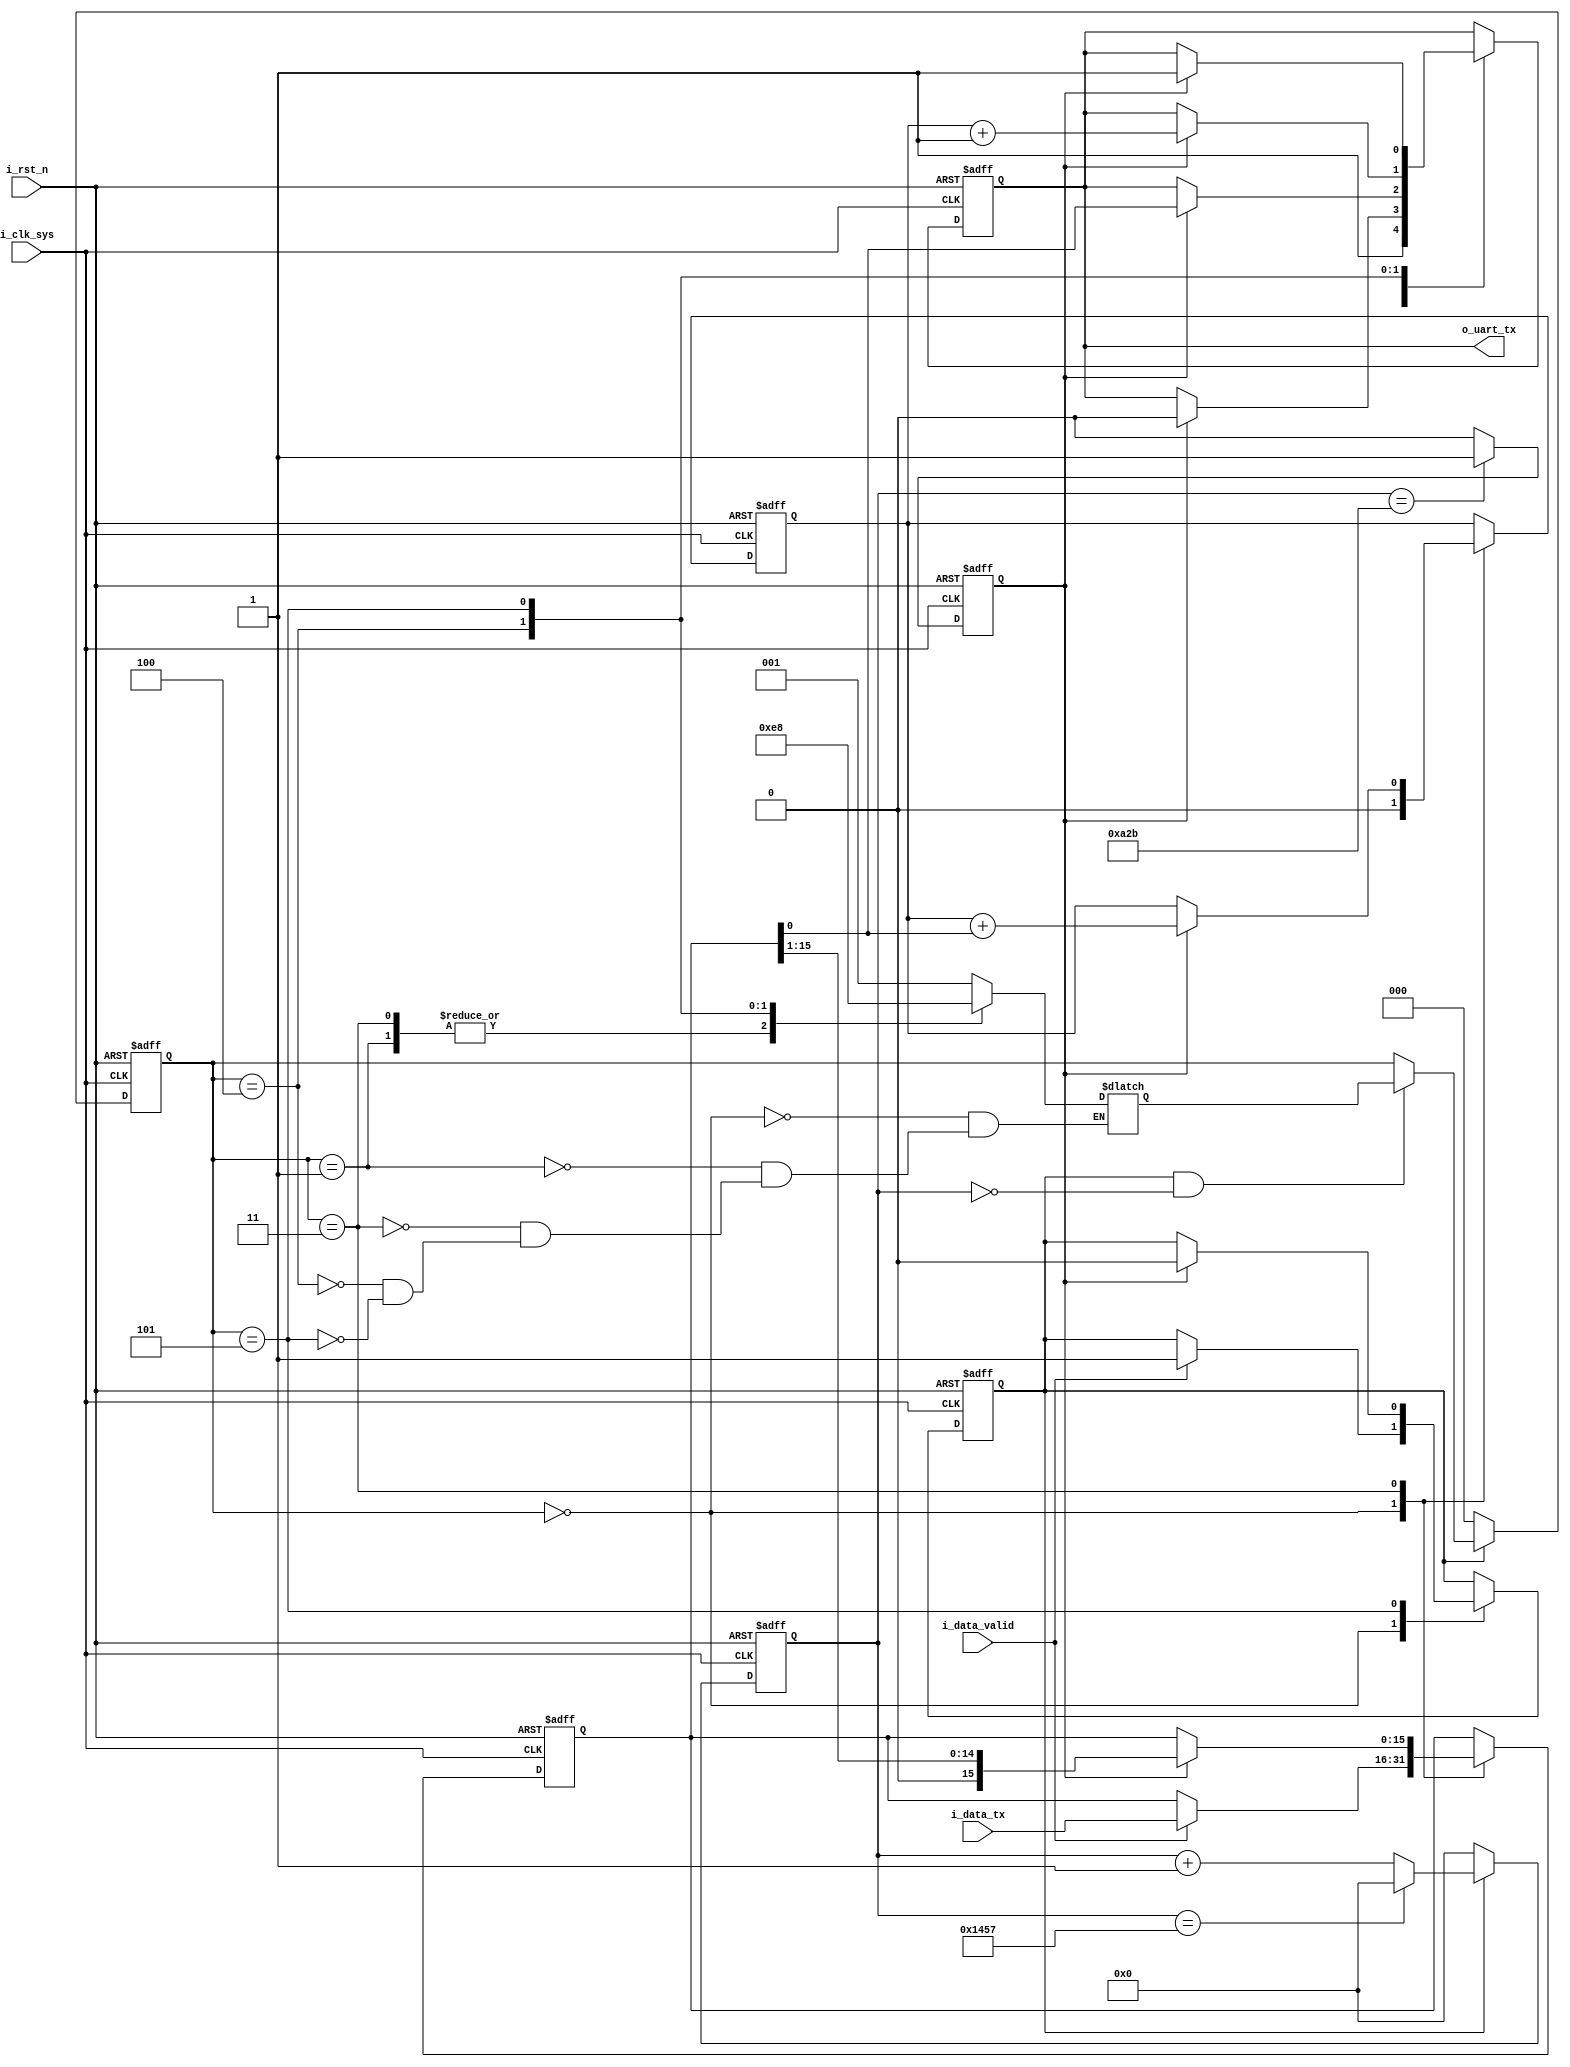
module uart_tx
#(
   parameter CLK_FRE = 50,         //50MHz
   parameter DATA_WIDTH = 16,       
   parameter PARITY_ON = 0,        //1 = parity check on, DO NOT use for now
   parameter PARITY_TYPE = 0,     
   parameter BAUD_RATE = 9600      
)
(   input                       i_clk_sys,      
   input                       i_rst_n,        
   input [DATA_WIDTH-1 : 0]    i_data_tx,      
   input                       i_data_valid,   
   output reg                  o_uart_tx       
   );
   
           reg [2:0] r_current_state;  
           reg [2:0] r_next_state;     
               
           localparam STATE_IDLE = 3'b000;         
           localparam STATE_START = 3'b001;       
           localparam STATE_DATA = 3'b011;         
           localparam STATE_PARITY = 3'b100;       
           localparam STATE_END = 3'b101;         
           
           localparam CYCLE = CLK_FRE * 1000000 / BAUD_RATE;   
           
           reg baud_valid;                         
           reg [15:0] baud_cnt;                    
           reg baud_pulse;                                 
           reg [3:0]   r_tx_cnt;    

           always@(posedge i_clk_sys or negedge i_rst_n)
               begin
                   if(!i_rst_n)
                       baud_cnt <= 16'h0000;
                   else if(!baud_valid)
                       baud_cnt <= 16'h0000;
                   else if(baud_cnt == CYCLE - 1)
                       baud_cnt <= 16'h0000;
                   else
                       baud_cnt <= baud_cnt + 1'b1;
               end
               
           always@(posedge i_clk_sys or negedge i_rst_n)
               begin
                   if(!i_rst_n)
                       baud_pulse <= 1'b0;
                   else if(baud_cnt == CYCLE/2-1)
                       baud_pulse <= 1'b1;
                   else
                       baud_pulse <= 1'b0;
               end
           
           always@(posedge i_clk_sys or negedge i_rst_n)
               begin
                   if(!i_rst_n)
                       r_current_state <= STATE_IDLE;
                   else if(!baud_valid)
                       r_current_state <= STATE_IDLE;
                   else if(baud_valid && baud_cnt == 16'h0000)
                       r_current_state <= r_next_state;
               end
           
           always@(*)
               begin
                   case(r_current_state)
                       STATE_IDLE:     r_next_state <= STATE_START;
                       STATE_START:    r_next_state <= STATE_DATA;
                       STATE_DATA:
                           if(r_tx_cnt == DATA_WIDTH)
                               begin
                                   if(PARITY_ON == 0)
                                       r_next_state <= STATE_END;
                                   else
                                       r_next_state <= STATE_PARITY;
                               end
                           else
                               begin
                                       r_next_state <= STATE_DATA;
                               end
                       STATE_PARITY:   r_next_state <= STATE_END;
                       STATE_END:      r_next_state <= STATE_IDLE;
                       default:;
                   endcase
               end
   
   
   reg [DATA_WIDTH-1 : 0]      r_data_tx;
   reg                         r_parity_check;
  
   always@(posedge i_clk_sys or negedge i_rst_n)
       begin
           if(!i_rst_n)
               begin
                   baud_valid  <= 1'b0;
                   r_data_tx   <= 'd0;
                   o_uart_tx   <= 1'b1;
                   r_tx_cnt    <= 4'd0;
                   r_parity_check <= 1'b0;
               end
           else
               case(r_current_state)
                   STATE_IDLE:begin
                           o_uart_tx   <= 1'b1;
                           r_tx_cnt    <= 4'd0;
                           r_parity_check <= 4'd0;
                           if(i_data_valid)
                               begin
                                   baud_valid <= 1'b1;
                                   r_data_tx <= i_data_tx;
                               end
                       end
                   STATE_START:begin
                           if(baud_pulse)
                               o_uart_tx   <= 1'b0;
                       end
                   STATE_DATA:begin
                           if(baud_pulse)
                               begin
                                   r_tx_cnt <= r_tx_cnt + 1'b1;
                                   o_uart_tx <= r_data_tx[0];
                                   r_parity_check <= r_parity_check + r_data_tx[0];
                                   r_data_tx <= {1'b0 ,r_data_tx[DATA_WIDTH-1:1]};
                               end
                       end
                   STATE_PARITY:begin
                           if(baud_pulse)
                               begin
                                   if(PARITY_TYPE == 1)
                                       o_uart_tx <= r_parity_check;
                                   else
                                       o_uart_tx <= r_parity_check + 1'b1;
                               end
                       end
                   STATE_END:begin
                           if(baud_pulse)
                               begin
                                   o_uart_tx <= 1'b1;
                                   baud_valid <= 1'b0;
                               end
                       end
                   default:;
               endcase
       end

endmodule